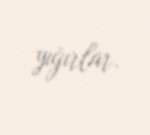
yığırlar.